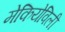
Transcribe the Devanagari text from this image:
मेकियेविली